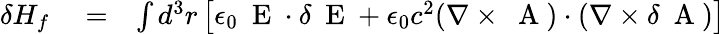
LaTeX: \begin{array}{rlr}{\delta H_{f}}&{{}=}&{\int d^{3}r\left[\epsilon_{0}\mathrm{~\mathbf~E~}\cdot\delta\mathrm{~\mathbf~E~}+\epsilon_{0}c^{2}(\nabla\times\mathrm{~\mathbf~A~})\cdot(\nabla\times\delta\mathrm{~\mathbf~A~})\right]}\end{array}